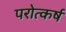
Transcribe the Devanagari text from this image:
परोत्कर्ष